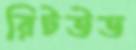
রিটউড